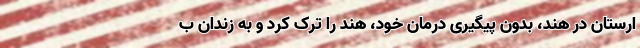
ارستان در هند، بدون پیگیری درمان خود، هند را ترک کرد و به زندان ب